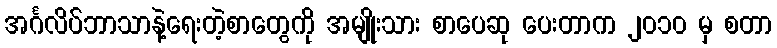
အင်္ဂလိပ်ဘာသာနဲ့ရေးတဲ့စာတွေကို အမျိုးသား စာပေဆု ပေးတာက ၂၀၁၀ မှ စတာ